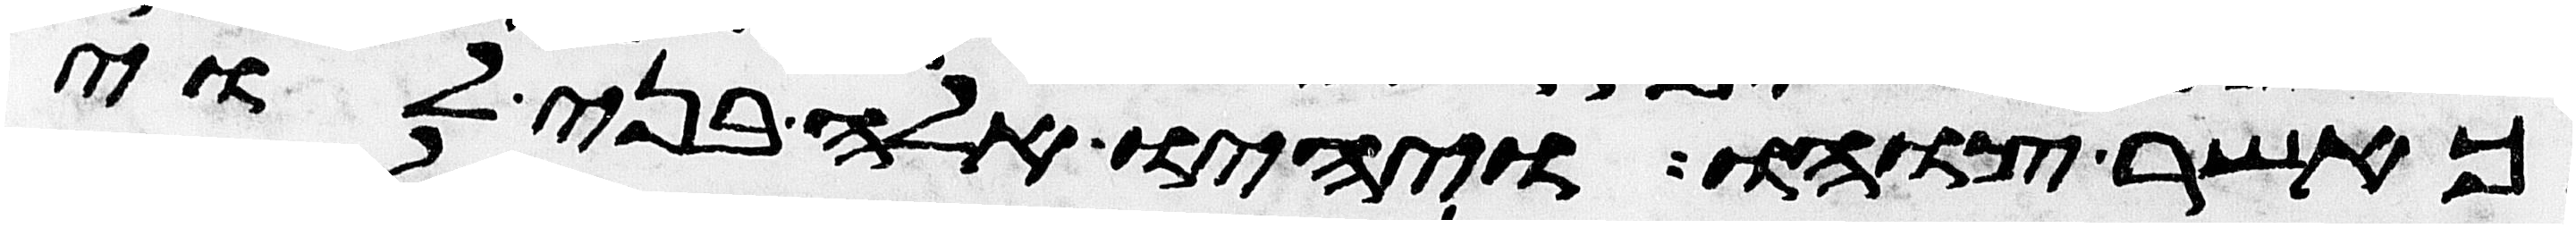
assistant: כאשר צוהו ויהיו אלה בני לוי